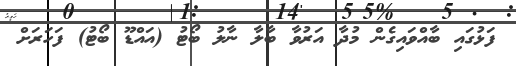
ފަޅުގައި ބާއްވައިގެން މުދާ އަރުވާ ބާލާ ނާލު ބޯޓު (އައްޑޫ ބޯޓު) ފަހަރަށް